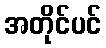
အတိုင်ပင်